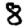
Digit: 8